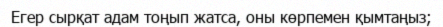
Егер сырқат адам тоңып жатса, оны көрпемен қымтаңыз;